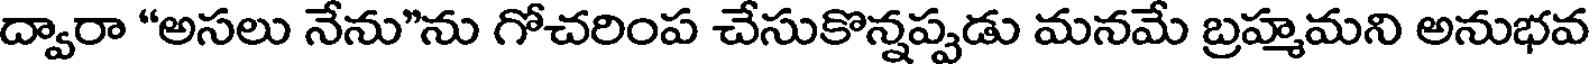
ద్వారా "అసలు నేను"ను గోచరింప చేసుకొన్నప్పడు మనమే బ్రహ్మమని అనుభవ